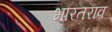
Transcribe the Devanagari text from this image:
भारतराव